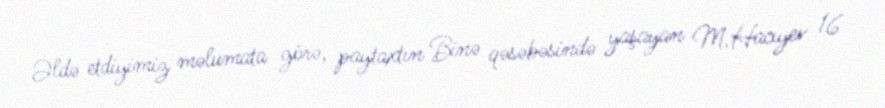
Əldə etdiyimiz məlumata görə, paytaxtın Binə qəsəbəsində yaşayan M.Hacıyev 16